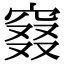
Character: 窡